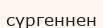
сүргеннен